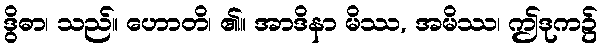
ဒွိဓာ၊ သည်။ ဟောတိ၊ ၏။ အာဒိနာ မိဿ, အမိဿ၊ ဤဒုက၌